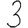
Digit: 3